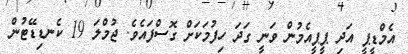
އެމްޑީޕީ އަދި ޕީޕީއެމުން ވަނީ ގަދަ ހިފުމަކަށް ގޮސްފައެވެ. ޖުމްލަ 19 ކެނޑިޑޭޓުން